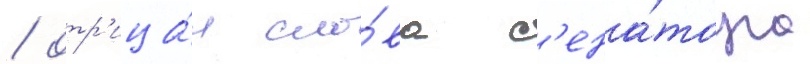
/ отр'ица́я сло́ва с'ена́тора